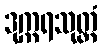
ဒုက္ကရသုတ္တံ